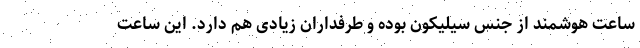
ساعت هوشمند از جنس سیلیکون بوده و طرفداران زیادی هم دارد. این ساعت